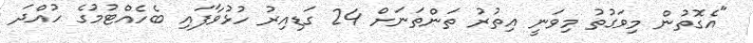
"އެގޮތުން މިވަގުތު މިވަނީ އިތުރު ތަންތަނަށް 24 ގަޑިއިރު ހުޅުވާފައި ބެހެއްޓުމުގެ ހުއްދަ